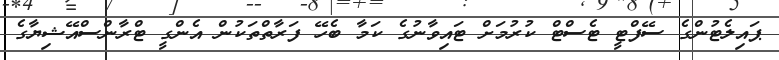
ޕައިލެޓުންގެ ސޭފްޓީ ޓެސްޓް ކުރުމަށް ޓައިވާނުގެ ކަމާ ބެހޭ ފަރާތްތަކުން އެންގީ ޓްރާންސްއޭޝިޔާގެ